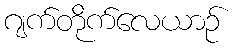
ဂျက်တိုက်လေယာဉ်